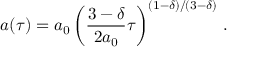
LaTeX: a ( \tau ) = a _ { 0 } \left( \frac { 3 - \delta } { 2 a _ { 0 } } \tau \right) ^ { ( 1 - \delta ) / ( 3 - \delta ) } \, .